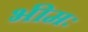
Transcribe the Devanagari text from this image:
भीमः